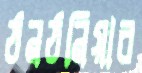
ঠনঠনিয়ার